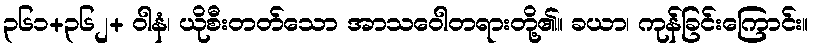
၃၆၁+၃၆၂+ ဝါနံ၊ ယိုစီးတတ်သော အာသဝေါတရားတို့၏။ ခယာ၊ ကုန်ခြင်းကြောင်း။